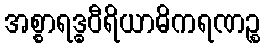
အစ္စာရဒ္ဓဝီရိယာဓိကရဏဉ္စ